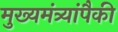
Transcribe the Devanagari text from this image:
मुख्यमंत्र्यांपैकी